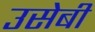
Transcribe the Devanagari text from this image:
उसेबी